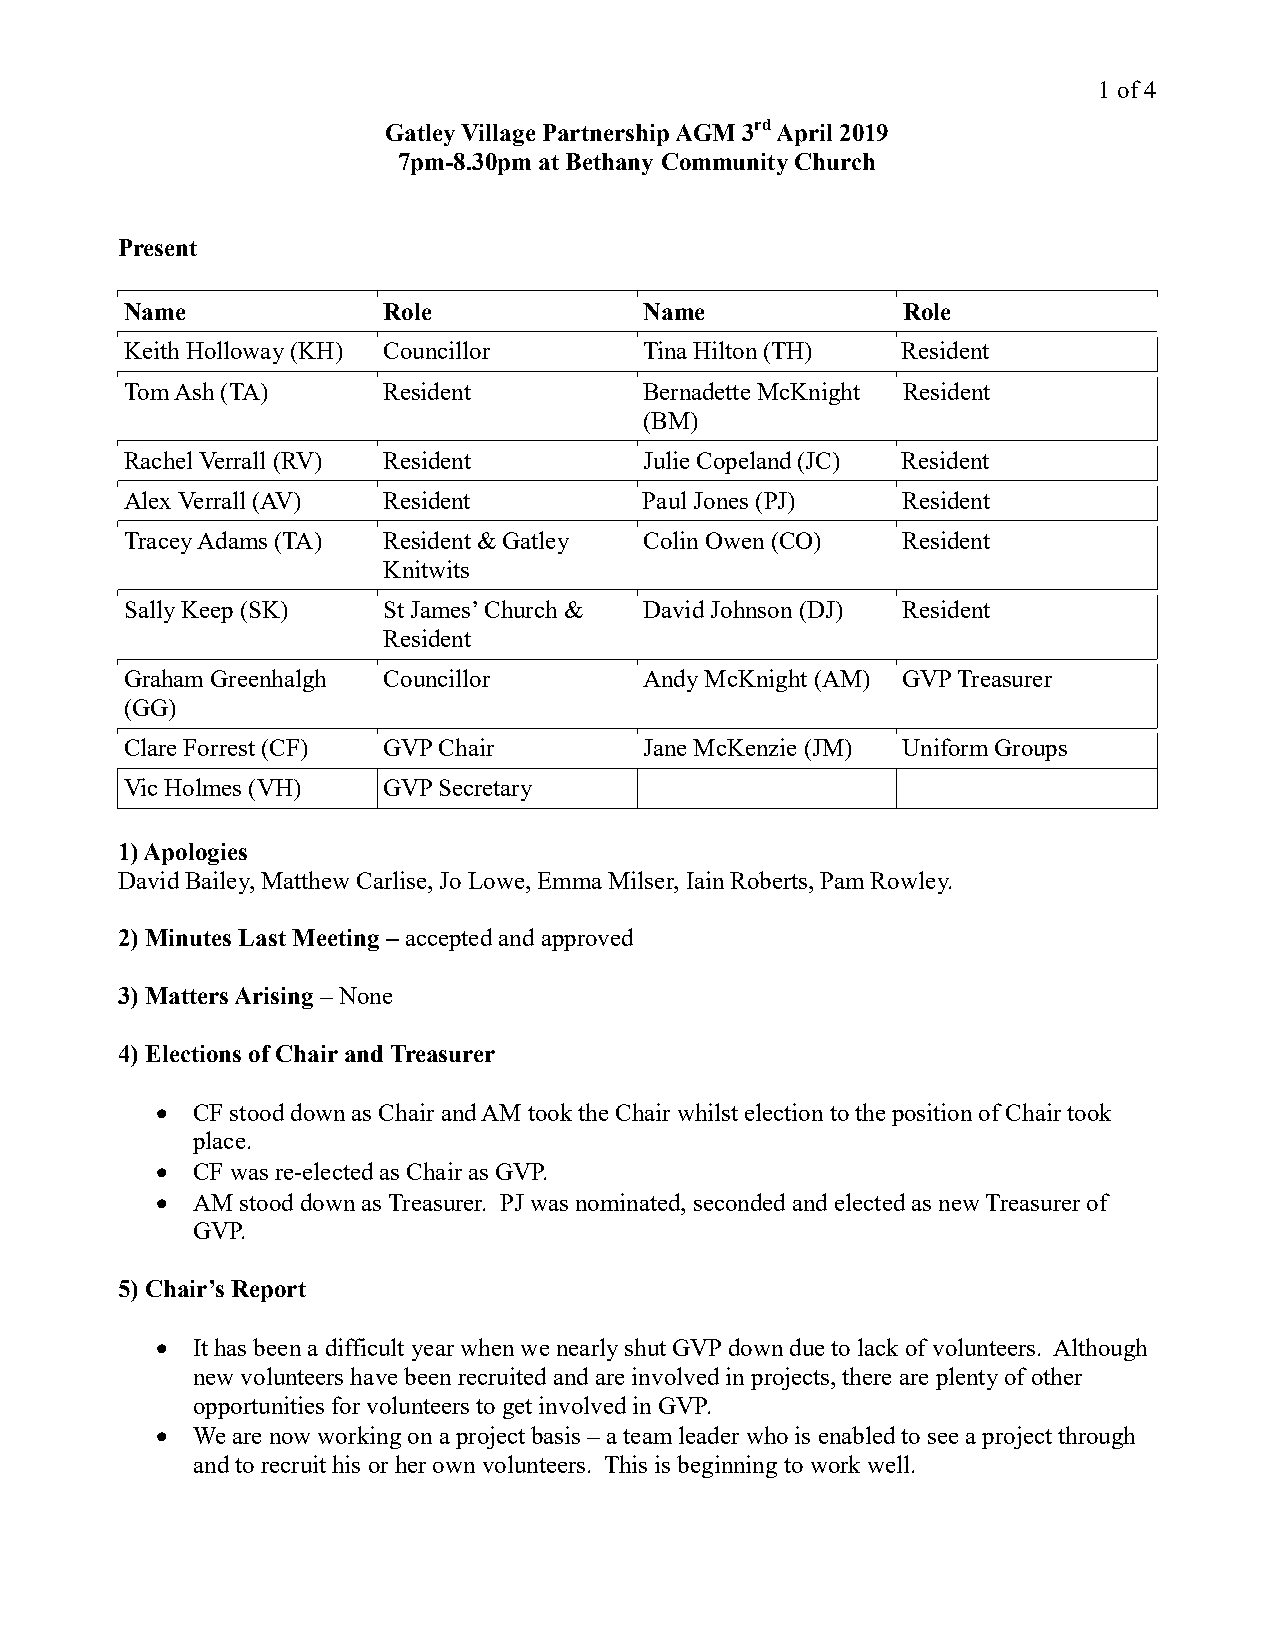
1 of 4
 Gatley Village Partnership AGM 3rd April 2019
 7pm-8.30pm at Bethany Community Church
 Present
 Name             Role              Name             Role
 Keith Holloway (KH) Councillor     Tina Hilton (TH) Resident
 Tom Ash (TA)     Resident          Bernadette McKnight Resident
 (BM)
 Rachel Verrall (RV) Resident       Julie Copeland (JC) Resident
 Alex Verrall (AV) Resident         Paul Jones (PJ)  Resident
 Tracey Adams (TA) Resident & Gatley Colin Owen (CO) Resident
 Knitwits
 Sally Keep (SK)  St James’ Church & David Johnson (DJ) Resident
 Resident
 Graham Greenhalgh Councillor       Andy McKnight (AM) GVP Treasurer
 (GG)
 Clare Forrest (CF) GVP Chair       Jane McKenzie (JM) Uniform Groups
 Vic Holmes (VH)  GVP Secretary
 1) Apologies
 David Bailey, Matthew Carlise, Jo Lowe, Emma Milser, Iain Roberts, Pam Rowley.
 2) Minutes Last Meeting – accepted and approved
 3) Matters Arising – None
 4) Elections of Chair and Treasurer
   CF stood down as Chair and AM took the Chair whilst election to the position of Chair took
 place.
   CF was re-elected as Chair as GVP.
   AM stood down as Treasurer. PJ was nominated, seconded and elected as new Treasurer of
 GVP.
 5) Chair’s Report
   It has been a difficult year when we nearly shut GVP down due to lack of volunteers. Although
 new volunteers have been recruited and are involved in projects, there are plenty of other
 opportunities for volunteers to get involved in GVP.
   We are now working on a project basis – a team leader who is enabled to see a project through
 and to recruit his or her own volunteers. This is beginning to work well.